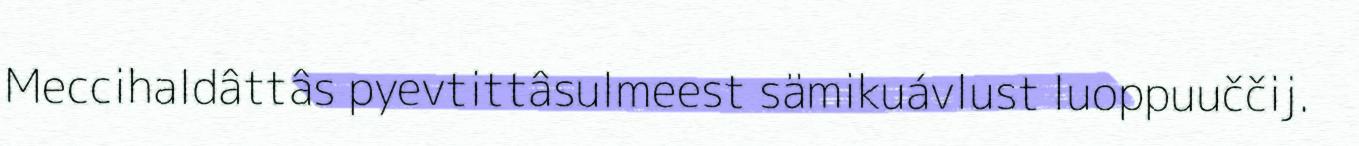
Meccihaldâttâs pyevtittâsulmeest sämikuávlust luoppuuččij.